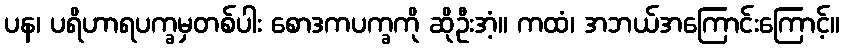
ပန၊ ပရိဟာရပက္ခမှတစ်ပါး စောဒကပက္ခကို ဆိုဦးအံ့။ ကထံ၊ အဘယ်အကြောင်းကြောင့်။